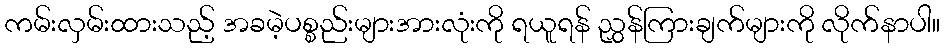
ကမ်းလှမ်းထားသည့် အခမဲ့ပစ္စည်းများအားလုံးကို ရယူရန် ညွှန်ကြားချက်များကို လိုက်နာပါ။